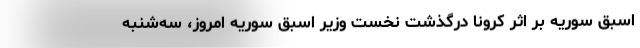
اسبق سوریه بر اثر کرونا درگذشت نخست وزیر اسبق سوریه امروز، سه‌شنبه